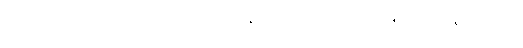
ပိတာ၊ အဖတည်း။ ဣတိအာဒိနာနယေန၊ ဤသို့ အစရှိသော နည်းဖြင့်။